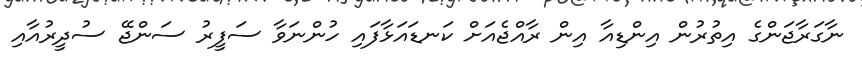
ނާގަރާޖަންގެ އިތުރުން އިންޑިއާ އިން ރާއްޖެއަށް ކަނޑައަޅާފައި ހުންނަވާ ސަފީރު ސަންޖޭ ސުދީރުއާއި